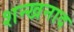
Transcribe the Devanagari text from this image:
शन्खनाद